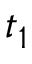
t _ { 1 }